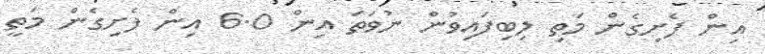
އިން ފެށިގެން މަތި ލިބިފައިވުން ނުވަތަ އިން 6.0 އިން ފެށިގެން މަތީ